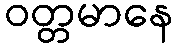
ဝတ္တမာနေ